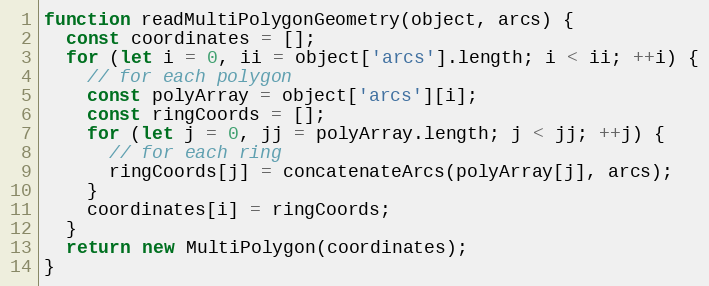
Language: JavaScript
function readMultiPolygonGeometry(object, arcs) {
  const coordinates = [];
  for (let i = 0, ii = object['arcs'].length; i < ii; ++i) {
    // for each polygon
    const polyArray = object['arcs'][i];
    const ringCoords = [];
    for (let j = 0, jj = polyArray.length; j < jj; ++j) {
      // for each ring
      ringCoords[j] = concatenateArcs(polyArray[j], arcs);
    }
    coordinates[i] = ringCoords;
  }
  return new MultiPolygon(coordinates);
}